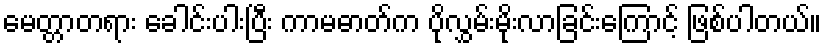
မေတ္တာတရား ခေါင်းပါးပြီး ကာမဓာတ်က ပိုလွှမ်းမိုးလာခြင်းကြောင့် ဖြစ်ပါတယ်။